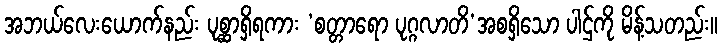
အဘယ်လေးယောက်နည်း ပုစ္ဆာရှိရကား ‘စတ္တာရော ပုဂ္ဂလာတိ’အစရှိသော ပါဌ်ကို မိန့်သတည်း။